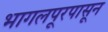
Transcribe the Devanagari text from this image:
भागलपूरपासून